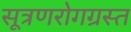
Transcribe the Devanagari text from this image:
सूत्रणरोगग्रस्त